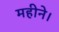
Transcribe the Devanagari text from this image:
महीने।